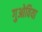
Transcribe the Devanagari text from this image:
गुओविया